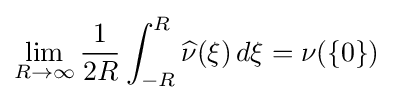
\lim _{R\to \infty }{\frac {1}{2R}}\int _{-R}^{R}{\widehat {\nu }}(\xi )\,d\xi =\nu (\{0\})